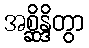
အစ္ဆိန္ဒိတွာ